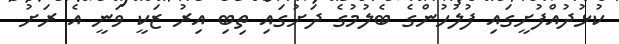
ކުޅުދުއްފުށީގައި ފުލުހުންގެ ބެލުމުގެ ދަށުގައި ތިބި އިރު ޒަކީ ވަނީ އެ ރަށު